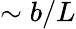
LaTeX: \sim b/L